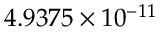
4 . 9 3 7 5 \times 1 0 ^ { - 1 1 }